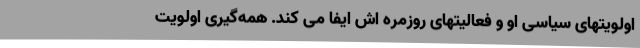
اولویتهای سیاسی او و فعالیتهای روزمره اش ایفا می کند. همه‌گیری اولویت